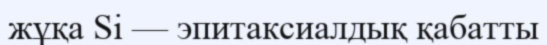
жұқа Si — эпитаксиалдық қабатты